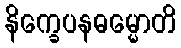
နိက္ခေပနဓမ္မောတိ